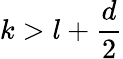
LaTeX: k>l+\frac{d}{2}